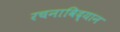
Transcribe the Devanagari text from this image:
रचनाविद्यान